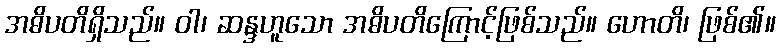
အဓိပတိရှိသည်။ ဝါ၊ ဆန္ဒဟူသော အဓိပတိကြောင့်ဖြစ်သည်။ ဟောတိ၊ ဖြစ်၏။